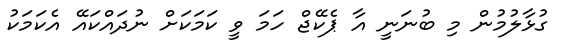
ގުޅާލުމުން މި ބުނަނީ އާ ޕެކޭޖް ހަމަ ވީ ކަމަކަށް ނުދައްކައޭ އެކަމަކު